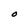
Character: O